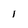
Character: l